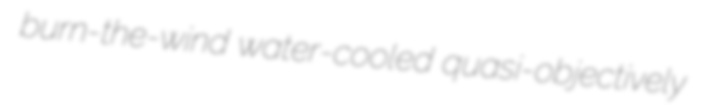
burn-the-wind water-cooled quasi-objectively